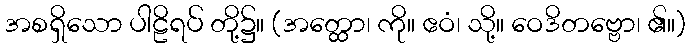
အစရှိသော ပါဠိရပ် တို့၌။ (အတ္ထော၊ ကို။ ဧဝံ၊ သို့။ ဝေဒိတဗ္ဗော၊ ၏။)